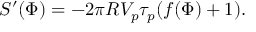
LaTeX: S ^ { \prime } ( \Phi ) = - 2 \pi R V _ { p } \tau _ { p } ( f ( \Phi ) + 1 ) .